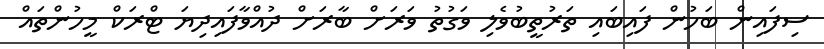
ސިފައިން ބަހުން ފައިބައި ތަރުތީބުވެލި ވަގުތު ވަރަށް ބާރަށް ދުއްވާފައިދިޔަ ޓްރަކް މީހުންތައް